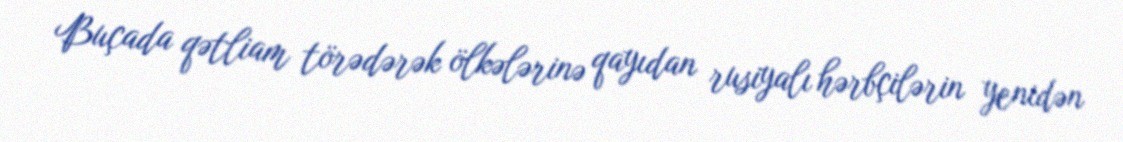
Buçada qətliam törədərək ölkələrinə qayıdan rusiyalı hərbçilərin yenidən